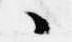
々